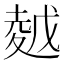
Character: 𡏜